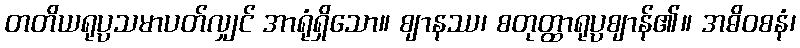
တတိယရုပ္ပသမာပတ်လျှင် အာရုံရှိသော။ ဈာနဿ၊ စတုတ္ထာရုပ္ပဈာန်၏။ အဓိဝစနံ၊